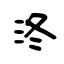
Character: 泈